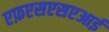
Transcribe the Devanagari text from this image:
एफ़एसएसएआई